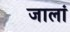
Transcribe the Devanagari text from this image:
जालां